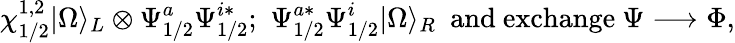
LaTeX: \chi_{1/2}^{1,2}|\Omega{\rangle}_{L}\otimes{\Psi}_{1/2}^{a}{\Psi}_{1/2}^{i*};\, \, {\Psi}_{1/2}^{a*}{\Psi}_{1/2}^{i}|\Omega{\rangle}_{R}\ \ \mathrm{and~exchange}\ \Psi\longrightarrow\Phi,